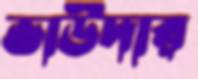
ভাউদার